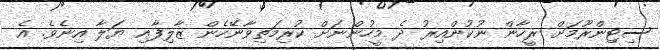
ސިޓިންރޫމަށް ރީހާން ނުކުންއިރު ދެ މީހުންނަށް ކުރިމަތިވާނޭހެން ޒާލިފާއި ޔަލާ އިނެވެ. އެ